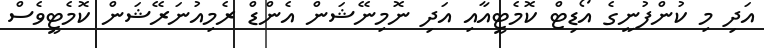
އަދި މި ކުންފުނީގެ އޯޑިޓް ކޮމެޓީއާއި އަދި ނޮމިނޭޝަން އެންޑް ރެމިއުނަރޭޝަން ކޮމެޓީވެސް